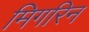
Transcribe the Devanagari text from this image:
मिगरिन